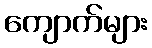
ကျောက်များ